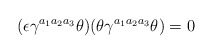
\begin{align*}(\epsilon \gamma^{a_1 a_2 a_3} \theta ) ( \theta \gamma^{a_1 a_2 a_3} \theta ) = 0 \end{align*}